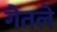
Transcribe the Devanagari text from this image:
गेतले